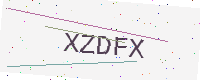
Text: XZDFX